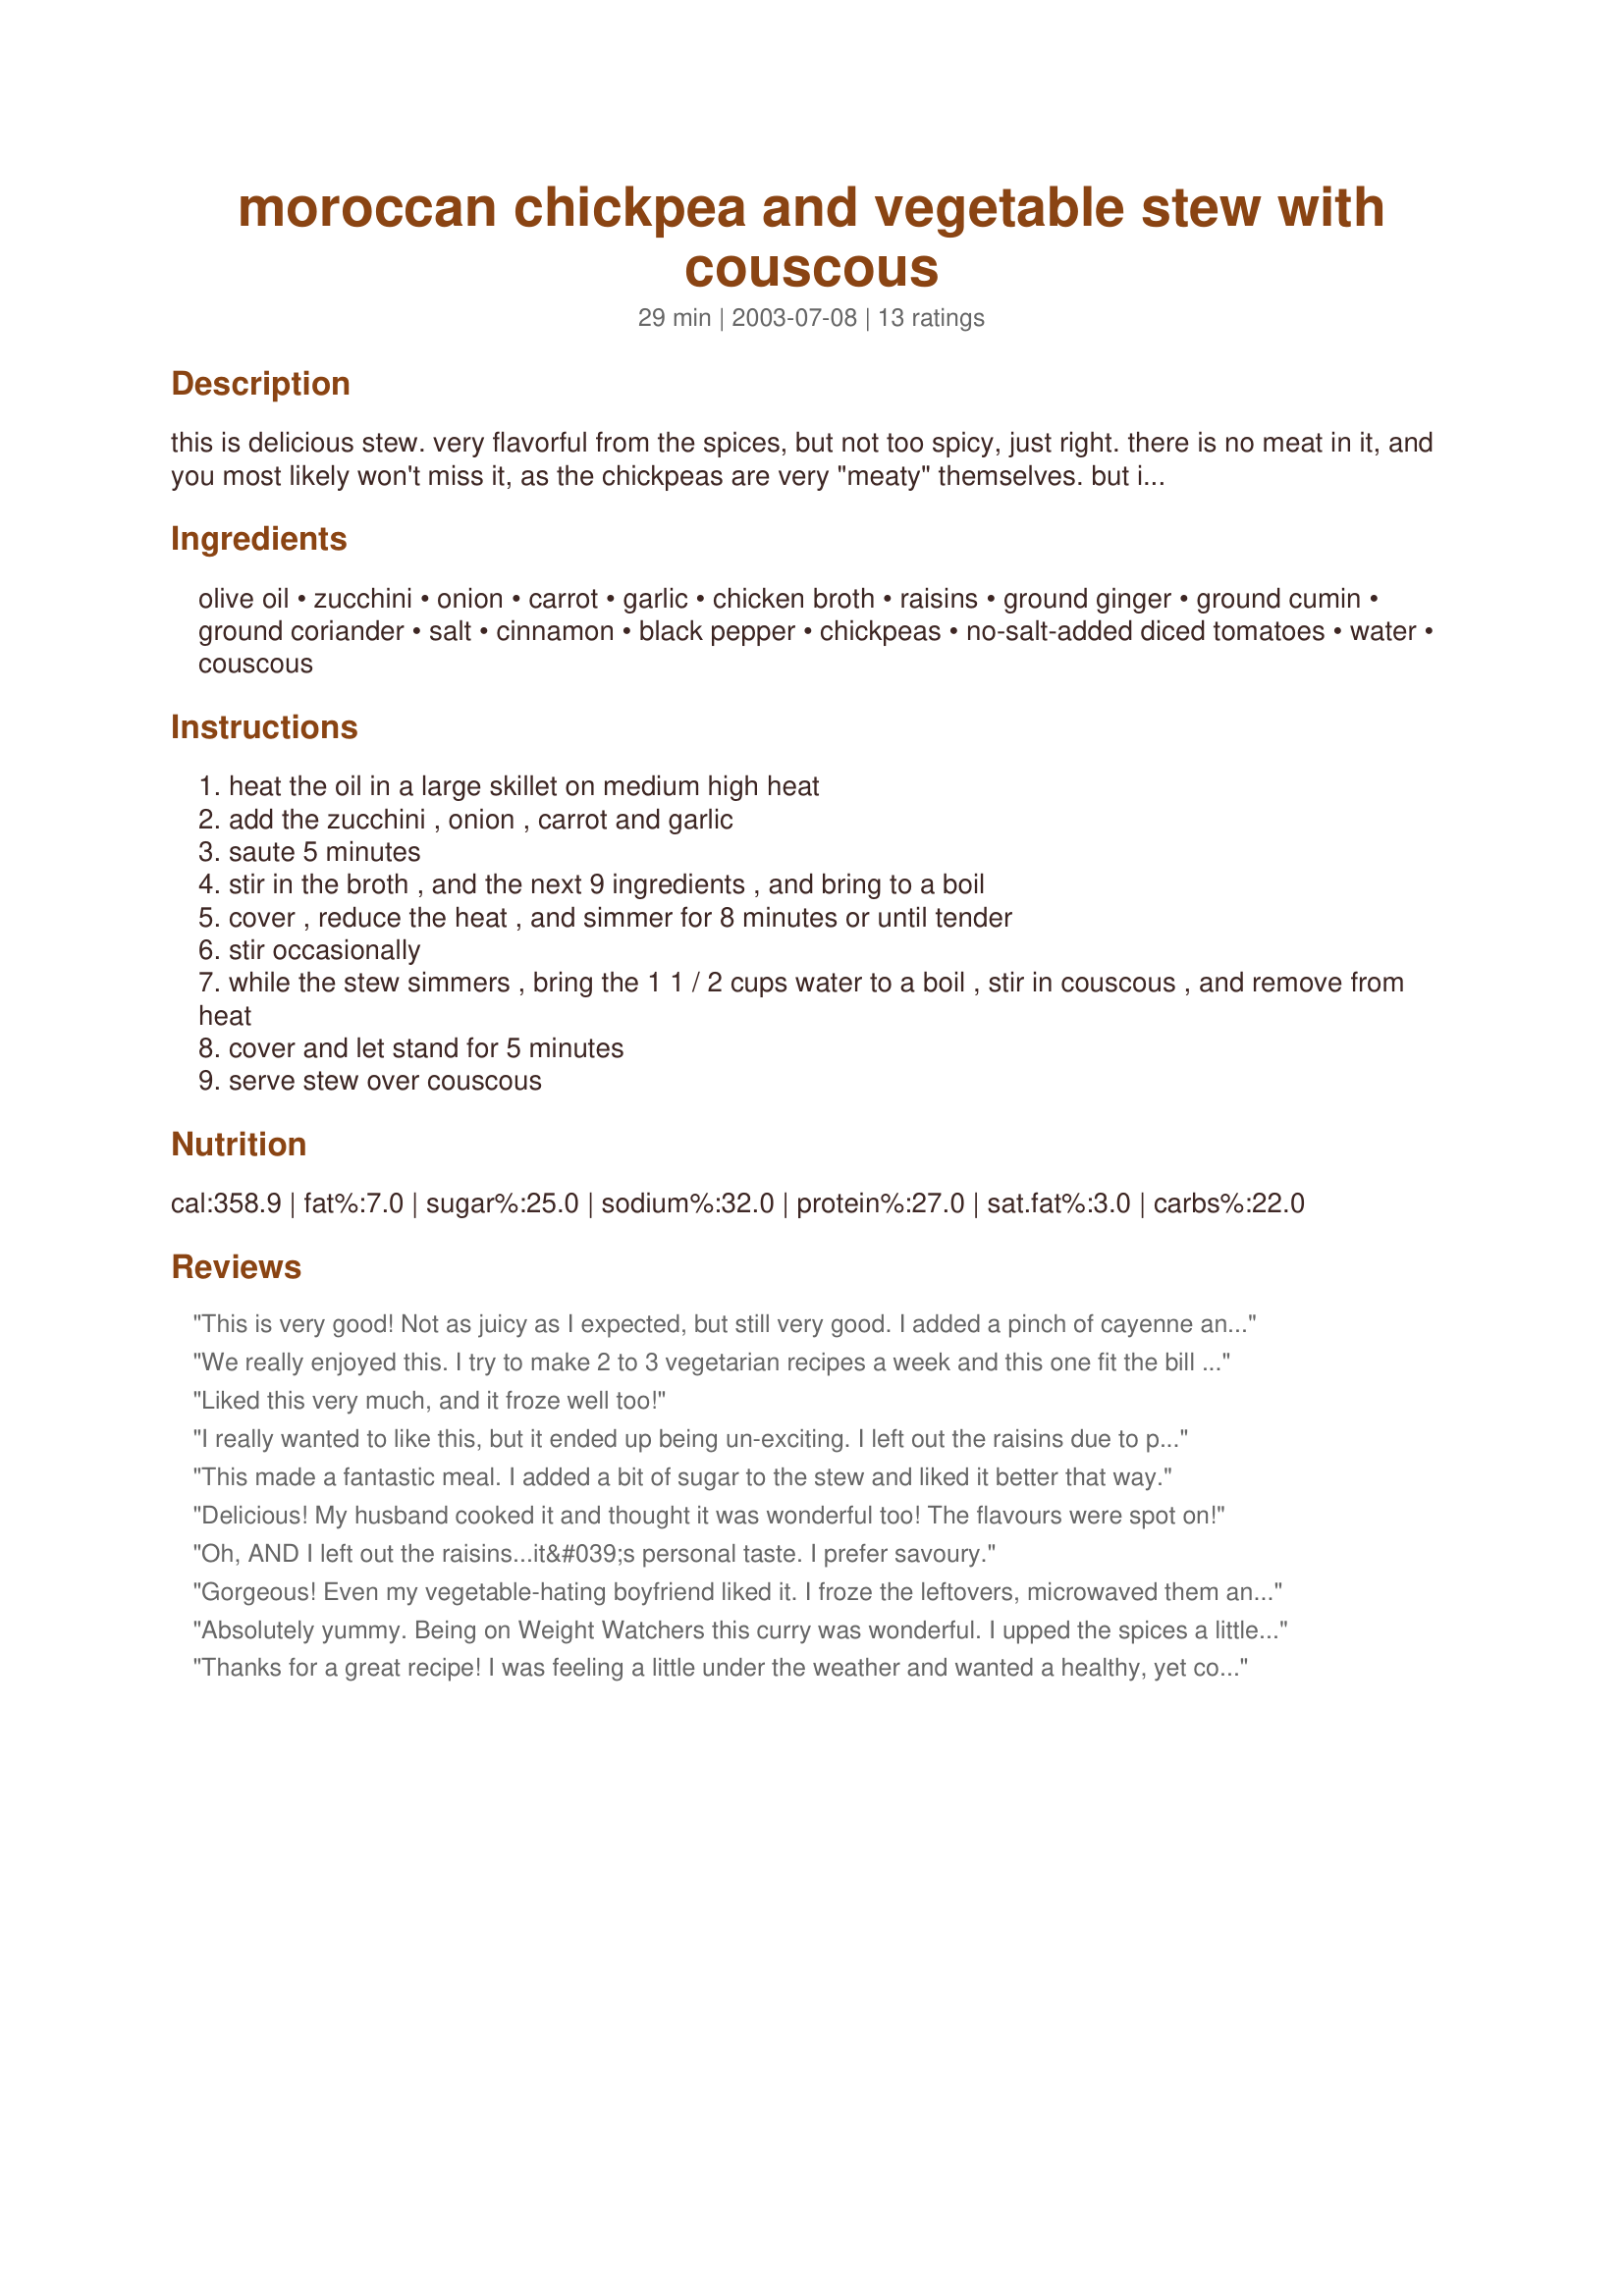
moroccan chickpea and vegetable stew with couscous
Preparation time: 29 minutes

this is delicious stew. very flavorful from the spices, but not too spicy, just right. there is no meat in it, and you most likely won't miss it, as the chickpeas are very "meaty" themselves. but i don't see why you couldn't add some meat if you really wanted to. it also goes from prep to table in about 30 minutes, great for weeknight dinners. from cooking light.

Ingredients:
olive oil, zucchini, onion, carrot, garlic, chicken broth, raisins, ground ginger, ground cumin, ground coriander, salt, cinnamon, black pepper, chickpeas, no-salt-added diced tomatoes, water, couscous

Steps:
heat the oil in a large skillet on medium high heat
add the zucchini , onion , carrot and garlic
saute 5 minutes
stir in the broth , and the next 9 ingredients , and bring to a boil
cover , reduce the heat , and simmer for 8 minutes or until tender
stir occasionally
while the stew simmers , bring the 1 1 / 2 cups water to a boil , stir in couscous , and remove from heat
cover and let stand for 5 minutes
serve stew over couscous

Reviews:
This is very good! Not as juicy as I expected, but still very good. I added a pinch of cayenne and about 1 Tbs f/f feta to each serving. Using whole wheat couscous, this is 7 WW pts/serving, and a dish that works with the "Simply Filling Technique" (old Core program). A fabulous keeper! Thanks for sharing.
We really enjoyed this. I try to make 2 to 3 vegetarian recipes a week and this one fit the bill nicely. I added extra spices as we like a stronger flavour and a pinch of sugar. It was delicous and everyone including my toddler ate a hearty portion. Thanks
Liked this very much, and it froze well too!
I really wanted to like this, but it ended up being un-exciting. I left out the raisins due to personal preference, and I used an entire can of chicken broth, and I upped the spices slightly to compensate, but it maybe wasn't enough. The end product had a lovely texture and fragrance, but served over couscous, it just didn't have the spicy flavor I'd expected.
This made a fantastic meal. I added a bit of sugar to the stew and liked it better that way.
Delicious! My husband cooked it and thought it was wonderful too! The flavours were spot on!
Oh, AND I left out the raisins...it&#039;s personal taste. I prefer savoury.
Gorgeous! Even my vegetable-hating boyfriend liked it.

I froze the leftovers, microwaved them and had them with pitta bread for lunch... just as yummy :)

Would suggest a little more spices, and i think maybe the chickpeas need cooking a little longer, but on the whole... mmmmm :)
Absolutely yummy. Being on Weight Watchers this curry was wonderful. I upped the spices a little too - but this can really be a personal preference.
Thanks for a great recipe! I was feeling a little under the weather and wanted a healthy, yet comforting meal and this fit the bill! It was easy to make and smelled wonderful! The spices are subtle, but perfect for my 6 year old. Was great over cous cous. I will definately be making this again.
This vegetarian stew is FANTASTIC! I made it the other night for a crowd and everyone asked for copies of the recipe. It tastes great, is filling and best-of-all it's good for you! If all vegetarian food tasted like this, I think I could make the switch.
Love thisone! I didn't think I could find comfort food outside of mac&cheese or mushroom soup, but this is. Just happened to have some ready the night a VIP was at our home for dinner--glutton-free vegetarian and she loved it, too.
And I use basmati rice rather than couscous. Thank you!
This made a nice, filling, healthy stew that was perfect for the bone-chilling weather we have been having. Preparation was easy enough--just a few things to chop. The fragrance was wonderful but the flavor from the seasoning was surprisingly subtle. If I make this again, I will probably play around with the seasoning amounts. This provided an easy, painless way to get veggies in our diet. Thanks for posting.
